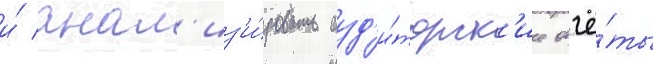
и́ анал'из'и́ровать ауд'и́торск'ие отчё́ты